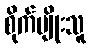
စိုက်ပျိုးသူ